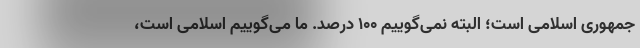
جمهوری اسلامی است؛ البته نمی‌گوییم ۱۰۰ درصد. ما می‌گوییم اسلامی است،